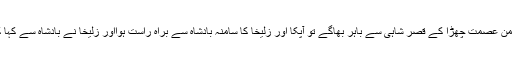
قرآن کا اسلوب تو یہ بتا رہا ہے کہ جب پیغمبر یوسف علیہ السلام اپنا دامن عصمت چھڑا کے قصر شاہی سے باہر بھاگے تو آپکا اور زلیخا کا سامنہ بادشاہ سے براہ راست ہوااور زلیخا نے بادشاہ سے کہا کہ آپ کے اہل خانہ سے جو برآئی کا ارادہ کرے تو اسکی کیا جزا ہے؟